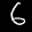
Label: 6